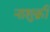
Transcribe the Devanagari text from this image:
नाशुक्री